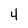
Character: 4